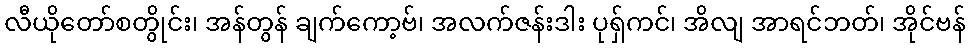
လီယိုတော်စတွိုင်း၊ အန်တွန် ချက်ကော့ဗ်၊ အလက်ဇန်းဒါး ပုရှ်ကင်၊ အိလျ အာရင်ဘတ်၊ အိုင်ဗန်